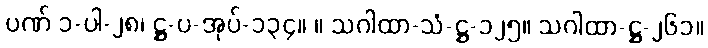
ပဏ် ၁-ပါ-၂၈၊ ဋ္ဌ-ပ-အုပ်-၁၃၄။ ။ သဂါထာ-သံ-ဋ္ဌ-၁၂၅။ သဂါထာ-ဋ္ဌ-၂၆၁။